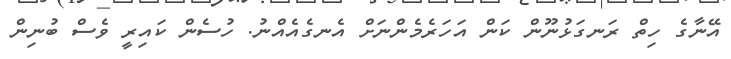
އޭނާގެ ހިތް ރަނގަޅުނޫން ކަން އަހަރެމެންނަށް އެނގެއެއްނު. ހުސެން ކައިރީ ވެސް ބުނިން